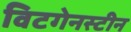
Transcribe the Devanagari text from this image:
विटगेनस्टीन